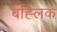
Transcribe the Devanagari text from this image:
बह्लिक